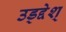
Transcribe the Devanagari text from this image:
उड्द्देश्